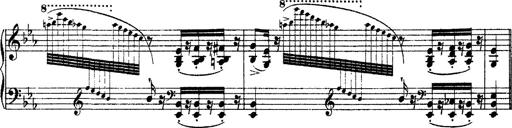
Title: Grandes Ã©tudes de Paganini
Composer: Franz Liszt